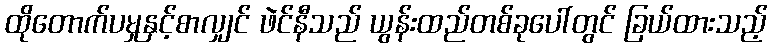
ထိုတောက်ပမှုနှင့်စာလျှင် ဖဲင်နီသည် ယွန်းထည်တစ်ခုပေါ်တွင် ခြယ်ထားသည့်